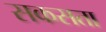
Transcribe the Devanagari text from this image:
सकसता